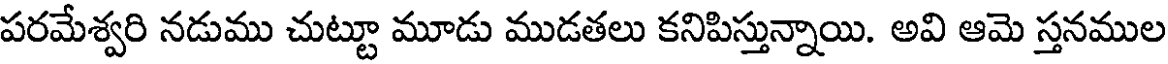
పరమేశ్వరి నడుము చుట్టూ మూడు ముడతలు కనిపిస్తున్నాయి. అవి ఆమె స్తనముల